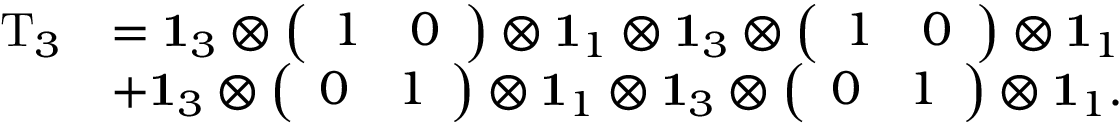
\begin{array} { r l } { \mathrm { T } _ { 3 } } & { = \mathbf { 1 } _ { 3 } \otimes \left( \begin{array} { l l } { 1 } & { 0 } \end{array} \right) \otimes \mathbf { 1 } _ { 1 } \otimes \mathbf { 1 } _ { 3 } \otimes \left( \begin{array} { l l } { 1 } & { 0 } \end{array} \right) \otimes \mathbf { 1 } _ { 1 } } \\ & { + \mathbf { 1 } _ { 3 } \otimes \left( \begin{array} { l l } { 0 } & { 1 } \end{array} \right) \otimes \mathbf { 1 } _ { 1 } \otimes \mathbf { 1 } _ { 3 } \otimes \left( \begin{array} { l l } { 0 } & { 1 } \end{array} \right) \otimes \mathbf { 1 } _ { 1 } . } \end{array}